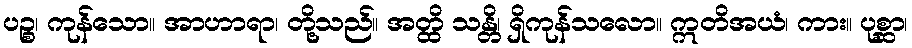
ပဉ္စ၊ ကုန်သော။ အာဟာရာ၊ တို့သည်။ အတ္ထိ သန္တိ၊ ရှိကုန်သလော။ ဣတိအယံ၊ ကား။ ပုစ္ဆာ၊